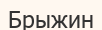
Брыжин